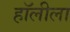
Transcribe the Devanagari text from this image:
हॉलीला